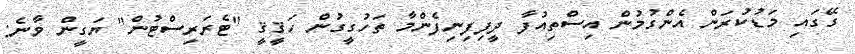
ގޭގައި މަޑުކުރަން އެންގުމުން އިސްތިއުފާ ދީފިފިނިފެންމާ ތަހުގީގުން ހަޤީޤީ "ޓެރަރިސްޓުން" ޔަގީން ވާނެ: